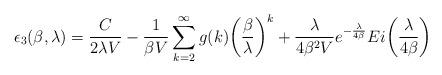
LaTeX: \begin{align*}\epsilon_3(\beta, \lambda)= \frac{C}{2\lambda V}-\frac{1}{\beta V}\sum_{k=2}^{\infty}g(k)\biggl(\frac{\beta}{\lambda}\biggr)^k+\frac{\lambda}{4\beta^2 V}e^{-\frac{\lambda}{4\beta}}Ei\biggl(\frac{\lambda}{4\beta}\biggr)\end{align*}